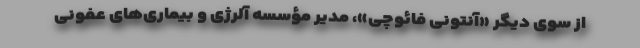
از سوی دیگر «آنتونی فائوچی»، مدیر مؤسسه آلرژی و بیماری‌های عفونی